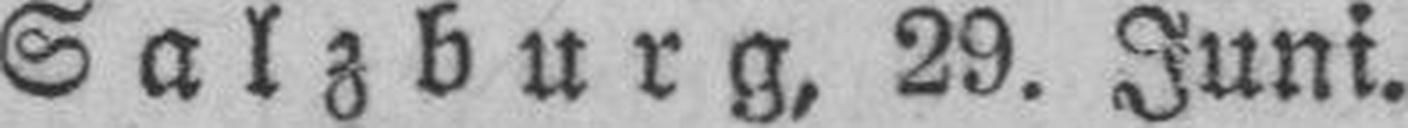
Salzburg, 29. Juni.